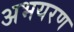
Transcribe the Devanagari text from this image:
अभयरण